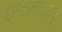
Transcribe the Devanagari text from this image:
सफलतम्